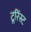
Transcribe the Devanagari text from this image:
टूरिंस्ट